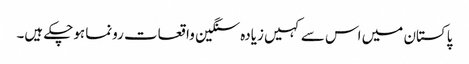
پاکستان میں اس سے کہیں زیادہ سنگین واقعات رونما ہوچکے ہیں۔